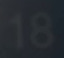
18